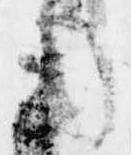
用